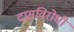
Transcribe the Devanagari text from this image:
दासविरोधी